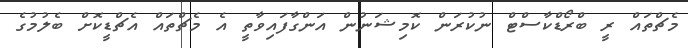
މެޗްތައް ރީ ބްރޯޑްކާސްޓް ނުކުރަން ކޮމިޝަނުން އަންގާފައިވާތީ އެ މެޗްތައް އެޗްޑީކޮށް ބެލުމުގެ